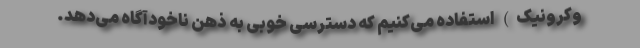
وکرونیک) استفاده می‌کنیم که دسترسی خوبی به ذهن ناخودآگاه می‌دهد.